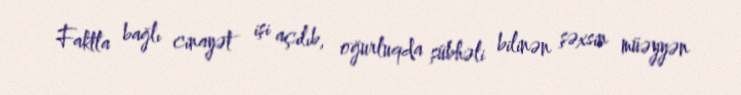
Faktla bağlı cinayət işi açılıb, oğurluqda şübhəli bilinən şəxsin müəyyən